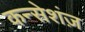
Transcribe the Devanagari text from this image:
कन्सेशंज़